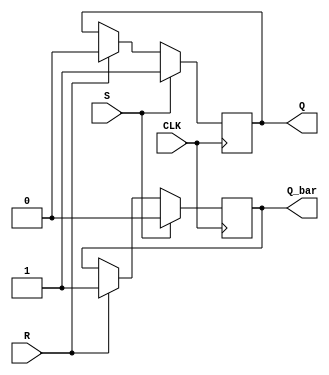
module SR_flipflop (
    input wire S, // Set input
    input wire R, // Reset input
    input wire CLK, // Clock input
    output reg Q, // Q output
    output reg Q_bar // Q_bar output
);

// Flip-flop logic
always @(posedge CLK) begin
    if (S) begin
        Q <= 1'b1; // Set state
        Q_bar <= 1'b0;
    end else if (R) begin
        Q <= 1'b0; // Reset state
        Q_bar <= 1'b1;
    end
end

endmodule